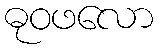
ဓုဝဖလော